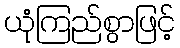
ယုံကြည်စွာဖြင့်